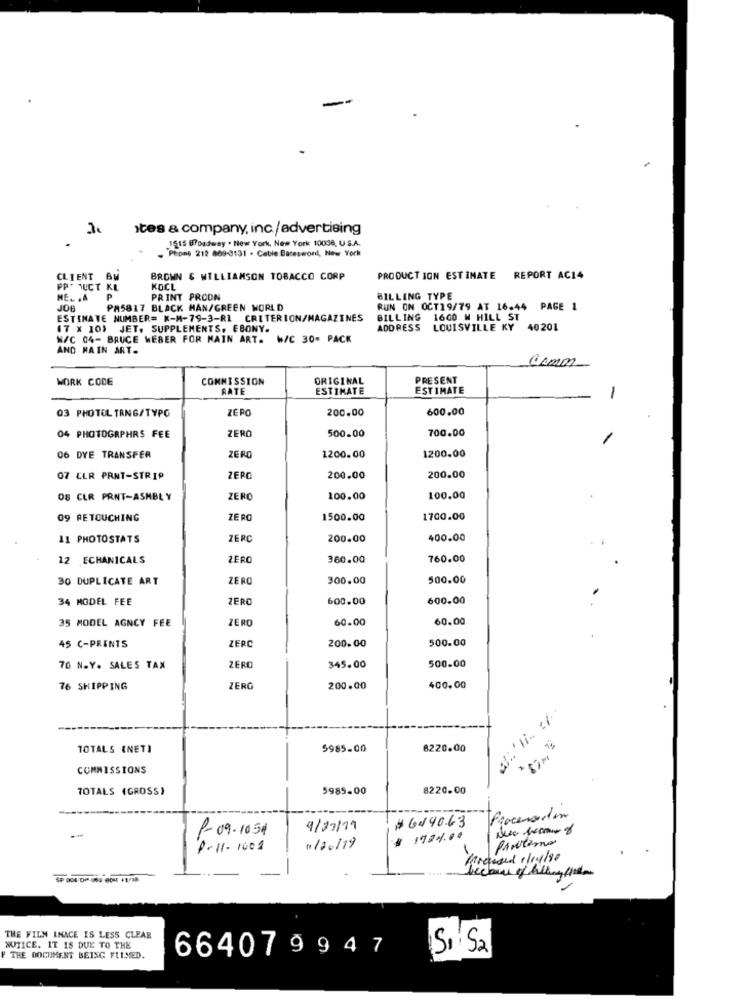
Ites & company, inc/advertising
1515 Broadway . New York, New York 10036, US.A.
Phone 212 809-3131 . Cable Bareseront, New York
CLIENT BW
BROWN & WILLIAMSON TOBACCO CORP
PRODUCT IGN ESTIMATE REPORT AC14
PP. MUCT KL
KOCL
NE. . A
PRINT PROON
BILLING TYPE
JOB
PM5817 BLACK MAN/GREEN WORLD
RUN ON OCT19/79 AT 16-44 PAGE 1
ESTINATE NUMBER= K-M-79-3-RI CRITERION/MAGAZINES
BILLING 1600 W HILL ST
(7 X 10} JET. SUPPLEMENTS, EBONY.
ADDRESS LOUISVILLE KY 40201
N/C 04- BRUCE WEBER FOR MAIN ART. W/C 30- PACK
AND MAIN ART.
Como
WORK CODE
COMMISSION
ORIGINAL
PRESENT
RATE
ESTIMATE
ESTIMATE
-
03 PHOTOL TRNG/TYPG
ZERO
200.00
600.00
ZERO
700.00
04 PHOTOGAPHRS FEE
500.00
1200.00
06 DYE TRANSFER
ZERO
1200.00
07 CLR PRNT-STRIP
ZERO
200.00
200.00
08 CLR PRNT-ASMBLY
ZERO
100.00
100.00
09 RETOUCHING
ZERO
1500.00
1700.00
11 PHOTOSTATS
ZERC
200.00
400.00
12 ECHANICALS
ZERO
360.00
760.00
30 DUPLICATE ART
ZERO
300.00
500.00
34 MODEL FEE
ZERO
600.00
600.00
35 MODEL AGNCY FEE
ZERO
60.00
60.00
ZERO
500.00
45 C-PRINTS
200.00
70 N.Y. SALES TAX
ZERO
345.00
500.00
76 SHIPPING
ZERO
200.00
400.00
TOTALS (NETI
5985.00
8220.00
COMMISSIONS
TOTALS (GROSS)
5985.00
8220.00
Procesorden
P-09-1051
9/07/11
# 6140.63
1994.00
PANtere
8-11-1001
n/ac/19
THE FILM INACE IS LESS CLEAR
NOTICE. IT IS DUE TO THE
664079947
Si S2
F THE DOCUMENT BEING FLIMED.